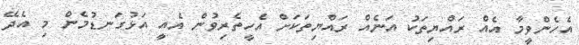
އެހެންވީމާ އެއް ރައްޔިތަކު އަނެއް ރައްޔިތަކަށް އެހީތެރިވުން އެއީ އަޅުގަނޑުމެން މި އެދޭ